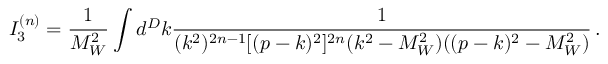
I _ { 3 } ^ { ( n ) } = \frac { 1 } { M _ { W } ^ { 2 } } \int d ^ { D } k \frac { 1 } { ( k ^ { 2 } ) ^ { 2 n - 1 } [ ( p - k ) ^ { 2 } ] ^ { 2 n } ( k ^ { 2 } - M _ { W } ^ { 2 } ) ( ( p - k ) ^ { 2 } - M _ { W } ^ { 2 } ) } \, .